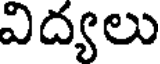
విద్యలు